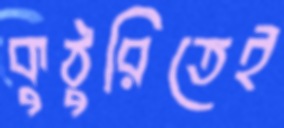
কুঠুরিতেই